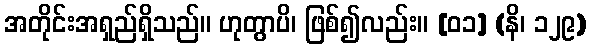
အတိုင်းအရှည်ရှိသည်။ ဟုတွာပိ၊ ဖြစ်၍လည်း။ [၀၁] (နိ၊ ၁၂၉)